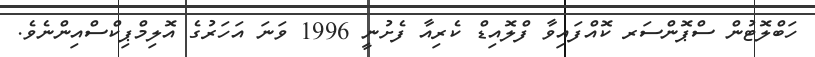
ހަބްލޮޓުން ސްޕޮންސަރ ކޮއްފައިވާ ފްލޮއިޑް ކެރިއާ ފެށުނީ 1996 ވަނަ އަހަރުގެ އޮލިމްޕިކްސްއިންނެވެ.